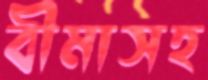
বীমাসহ